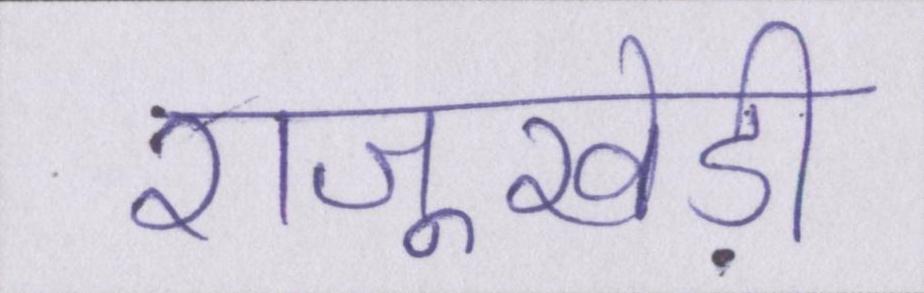
राजूखेड़ी